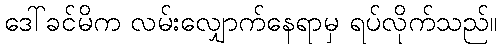
ဒေါ်ခင်မိက လမ်းလျှောက်နေရာမှ ရပ်လိုက်သည်။